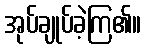
အုပ်ချုပ်ခဲ့ကြ၏။